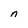
Character: n